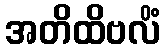
အတိထိဗလိံ